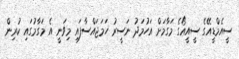
ސީއެމްޑީއޭގެ ސީއީއޯގެ މަގާމަށް އަހުމަދު ނަސީރު ހަމަޖައްސާފައި މިވަނީ އެ މަގާމުގައި ކުރިން